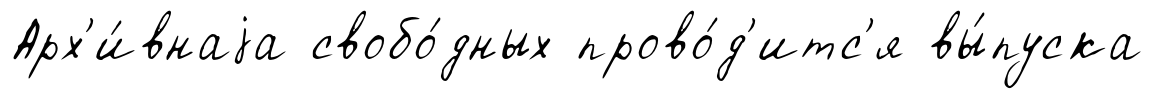
Арх'и́внаjа свобо́дных прово́д'итс'я вы́пуска